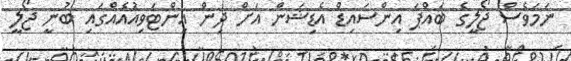
ނަމަވެސް ޖޯލީގެ ބައްޕަ އިންސައިޑް އެޑިޝަން އަށް ދިން އިންޓަވިއުއެއްގައި ބުނީ ޖޯލީ